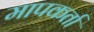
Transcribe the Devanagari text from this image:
मापकर्ता